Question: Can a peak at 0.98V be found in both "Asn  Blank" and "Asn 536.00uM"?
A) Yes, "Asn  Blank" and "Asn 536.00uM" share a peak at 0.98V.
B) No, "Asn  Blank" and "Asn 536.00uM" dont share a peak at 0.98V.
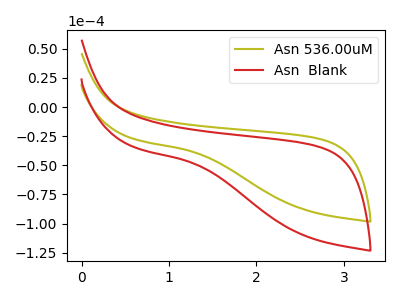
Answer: <think>The olive curve "Asn 536.00uM" has no peaks. The red curve "Asn  Blank" has no peaks.</think>
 <answer>B) No, "Asn  Blank" and "Asn 536.00uM" dont share a peak at 0.98V.</answer>
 <eval>B</eval>